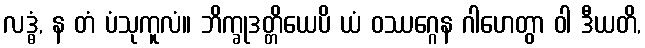
လဒ္ဓံ, န တံ ပံသုကူလံ။ ဘိက္ခုဒတ္တိယေပိ ယံ ဝဿဂ္ဂေန ဂါဟေတွာ ဝါ ဒီယတိ,